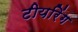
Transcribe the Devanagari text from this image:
टीयरिंग